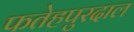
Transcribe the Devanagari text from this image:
फतेहपुरदाल